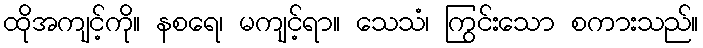
ထိုအကျင့်ကို။ နစရေ၊ မကျင့်ရာ။ သေသံ၊ ကြွင်းသော စကားသည်။